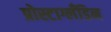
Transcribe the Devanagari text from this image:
प्रोस्टाग्लँडिन